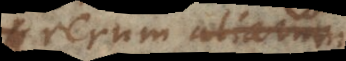
rerum aliarum